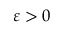
\varepsilon > 0